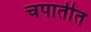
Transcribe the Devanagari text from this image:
चपातीत